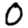
Digit: 0